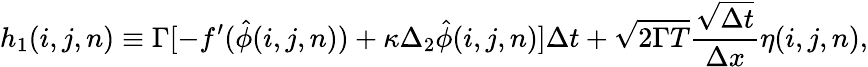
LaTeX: h_{1}(i,j,n)\equiv\Gamma[-f^{\prime}(\hat{\phi}(i,j,n))+\kappa\Delta_{2}\hat{\phi}(i,j,n)]\Delta t+\sqrt{2\Gamma T}\frac{\sqrt{\Delta t}}{\Delta x}\eta(i,j,n),